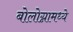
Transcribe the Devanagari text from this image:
बोलोग्नामध्ये